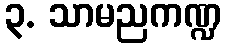
၃. သာမညကဏ္ဍ